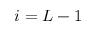
i = L - 1